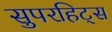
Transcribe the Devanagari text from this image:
सुपरहिट्स